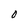
Character: 0